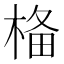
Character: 𣓂